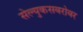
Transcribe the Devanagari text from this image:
सेल्युकसबरोबर